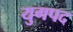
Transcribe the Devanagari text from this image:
युगपद